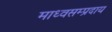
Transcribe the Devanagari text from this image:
माध्वसम्प्रदाय